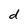
Character: d